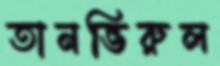
তানভিরুল